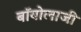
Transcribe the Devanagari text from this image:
बॉयोलाजी